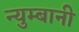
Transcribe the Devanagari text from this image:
न्युम्बानी